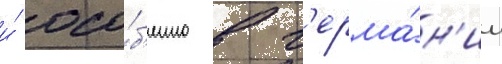
и́ осо́б'енно в г'ерма́н'ии